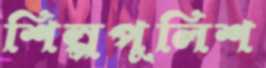
শিল্পপুলিশ